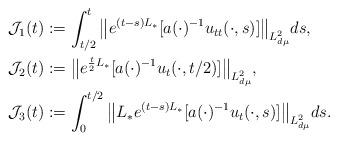
LaTeX: \begin{align*}\mathcal{J}_1(t)&:=\int_{t/2}^t \big\|e^{(t-s)L_{\ast}}[ a(\cdot)^{-1}u_{tt}(\cdot, s)]\big\|_{L^2_{d\mu}} ds, \\\mathcal{J}_2(t)&:=\big\|e^{\frac{t}{2}L_{\ast}} [ a(\cdot)^{-1}u_{t}(\cdot, t/2)]\big\|_{L^2_{d\mu}},\\\mathcal{J}_3(t)&:=\int_0^{t/2} \big\|L_{\ast} e^{(t-s)L_{\ast}}[ a(\cdot)^{-1}u_{t}(\cdot, s)]\big\|_{L^2_{d\mu}} ds.\end{align*}